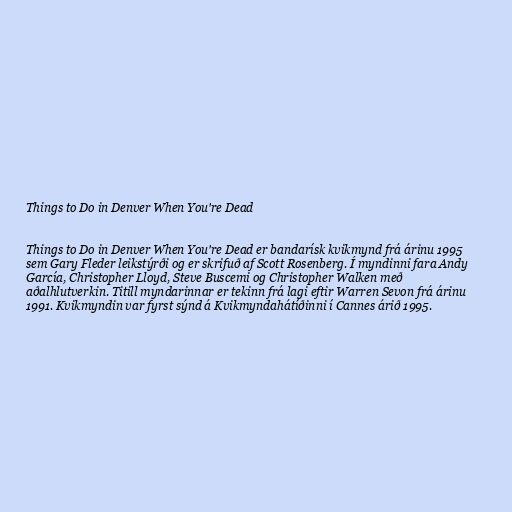
Things to Do in Denver When You're Dead

Things to Do in Denver When You're Dead er bandarísk kvikmynd frá árinu 1995
sem Gary Fleder leikstýrði og er skrifuð af Scott Rosenberg. Í myndinni fara Andy
García, Christopher Lloyd, Steve Buscemi og Christopher Walken með
aðalhlutverkin. Titill myndarinnar er tekinn frá lagi eftir Warren Sevon frá árinu
1991. Kvikmyndin var fyrst sýnd á Kvikmyndahátíðinni í Cannes árið 1995.